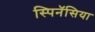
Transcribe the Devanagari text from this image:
स्पिनॅसिया